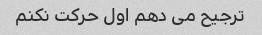
ترجیح می دهم اول حرکت نکنم